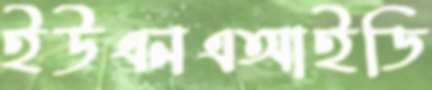
ইউএনএআইডি